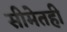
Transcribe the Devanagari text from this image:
सीमेतही